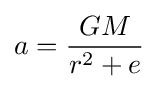
a={\frac {GM}{r^{2}+e}}